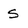
Character: S